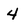
Character: 4